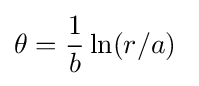
\theta ={\frac {1}{b}}\ln(r/a)~